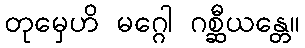
တုမှေဟိ မဂ္ဂေါ ဂစ္ဆီယန္တေ။